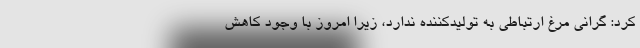
کرد: گرانی مرغ ارتباطی به تولیدکننده ندارد، زیرا امروز با وجود کاهش